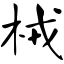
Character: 械